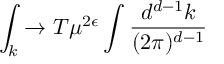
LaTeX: \int _ { k } \rightarrow T \mu ^ { 2 \epsilon } \int \frac { d ^ { d - 1 } k } { ( 2 \pi ) ^ { d - 1 } }